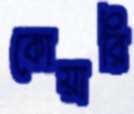
কোয়ারি